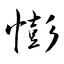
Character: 憉